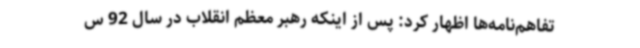
تفاهم‌نامه‌ها اظهار کرد: پس از اینکه رهبر معظم انقلاب در سال 92 س